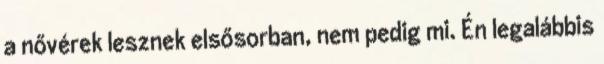
a nővérek lesznek elsősorban, nem pedig mi. Én legalábbis